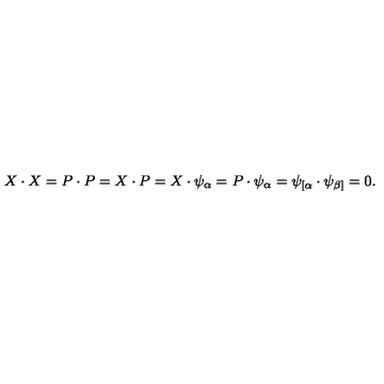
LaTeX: X \cdot X = P \cdot P = X \cdot P = X \cdot \psi _ { \alpha } = P \cdot \psi _ { \alpha } = \psi _ { \lbrack \alpha } \cdot \psi _ { \beta ] } = 0 .